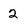
Character: 2